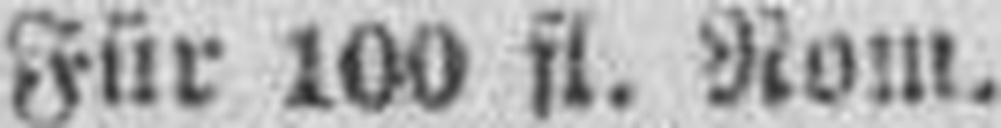
Für 100 fl. Rom.